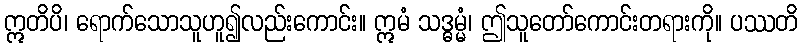
ဣတိပိ၊ ရောက်သောသူဟူ၍လည်းကောင်း။ ဣမံ သဒ္ဓမ္မံ၊ ဤသူတော်ကောင်းတရားကို။ ပဿတိ